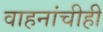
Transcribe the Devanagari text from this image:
वाहनांचीही